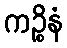
ကဉ္စိနံ